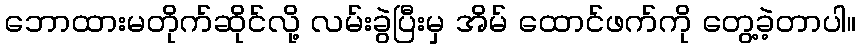
ဘောထားမတိုက်ဆိုင်လို့ လမ်းခွဲပြီးမှ အိမ် ထောင်ဖက်ကို တွေ့ခဲ့တာပါ။